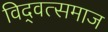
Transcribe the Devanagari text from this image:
विद्‍वत्समाज